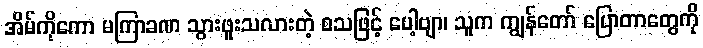
အိမ်ကိုကော မကြာခဏ သွားဖူးသလားတဲ့ စသဖြင့် ပေါ့ဗျာ၊ သူက ကျွန်တော် ပြောတာတွေကို